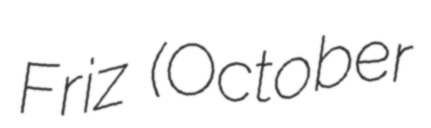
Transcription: Friz (October